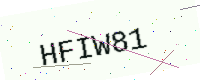
Text: HFIW81